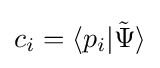
c_{i}=\langle p_{i}|{\tilde {\Psi }}\rangle